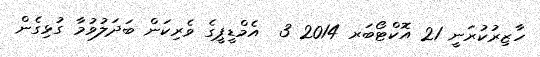
ހާޒިރުކުރަނީ 21 އޮކްޓޯބަރ 2014 3  އެމްޑީޕީގެ ވެރިކަން ބަދަލުވުމާ ގުޅިގެން